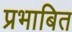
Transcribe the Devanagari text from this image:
प्रभाबित